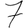
Digit: 7